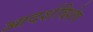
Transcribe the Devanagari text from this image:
आदर्शविशेष